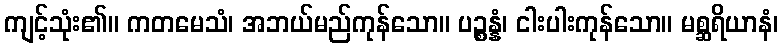
ကျင့်သုံး၏။ ကတမေသံ၊ အဘယ်မည်ကုန်သော။ ပဉ္စန္နံ၊ ငါးပါးကုန်သော။ မစ္ဆရိယာနံ၊